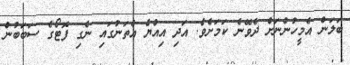
ބަލަން އެމީހުންނަށް ދެވޭނެ ކަމަށެވެ. އަދި އިއްޔެ އެތަނުގައި ނެގި ފޮޓޯގެ ސަބަބުން